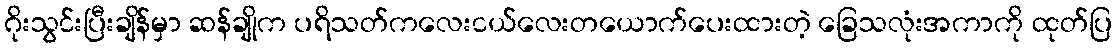
ဂိုးသွင်းပြီးချိန်မှာ ဆန်ချိုက ပရိသတ်ကလေးငယ်လေးတယောက်ပေးထားတဲ့ ခြေသလုံးအကာကို ထုတ်ပြ